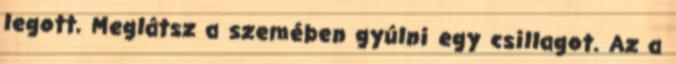
legott, Meglátsz a szemében gyúlni egy csillagot. Az a